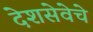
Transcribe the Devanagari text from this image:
देशसेवेचे